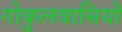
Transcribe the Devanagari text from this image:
गोकुलवासियों